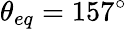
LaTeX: \theta_{eq}=157^{\circ}